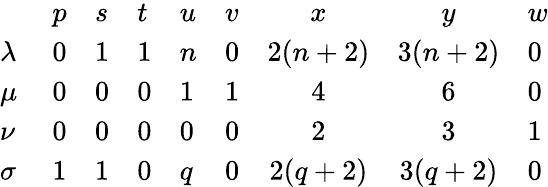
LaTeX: \begin{array}{llllllccl}{{}}&{{p}}&{{s}}&{{t}}&{{u}}&{{v}}&{{x}}&{{y}}&{{w}}\\ {{\lambda\ }}&{{0}}&{{1}}&{{1}}&{{n}}&{{0}}&{{2(n+2)}}&{{3(n+2)}}&{{0}}\\ {{\mu\ }}&{{0}}&{{0}}&{{0}}&{{1}}&{{1}}&{{4}}&{{6}}&{{0}}\\ {{\nu\ }}&{{0}}&{{0}}&{{0}}&{{0}}&{{0}}&{{2}}&{{3}}&{{1}}\\ {{\sigma\ }}&{{1}}&{{1}}&{{0}}&{{q}}&{{0}}&{{2(q+2)}}&{{3(q+2)}}&{{0}}\end{array}